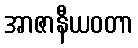
အာဇာနီယဝတာ